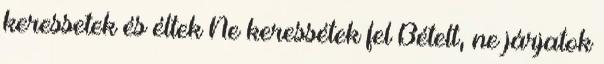
keressetek és éltek Ne keressétek fel Bételt, ne járjatok